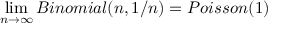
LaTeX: \operatorname* { l i m } _ { n \to \infty } B i n o m i a l ( n , 1 / n ) = P o i s s o n ( 1 )